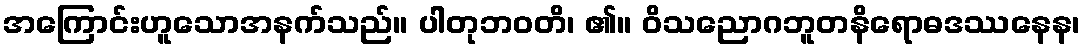
အကြောင်းဟူသောအနက်သည်။ ပါတုဘဝတိ၊ ၏။ ဝိသညောဂဘူတနိရောဓဒဿနေန၊